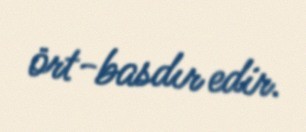
ört-basdır edir.